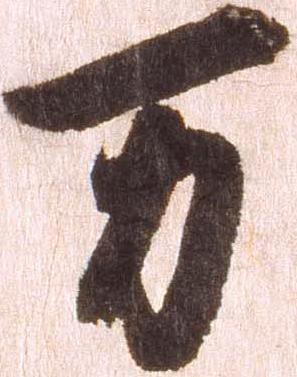
万